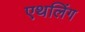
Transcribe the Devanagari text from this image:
एथलिंग